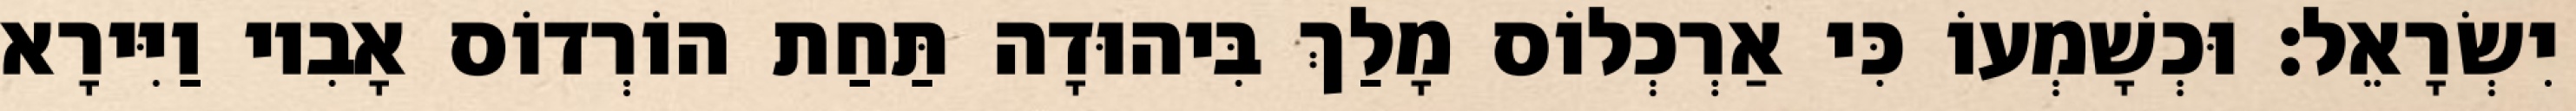
יִשְׂרָאֵל׃ וּכְשָׁמְעוֹ כִּי אַרְכְלוֹס מָלַךְ בִּיהוּדָה תַּחַת הוֹרְדוֹס אָבִיו וַיִּירָא